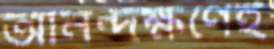
আনন্দক্ষণেই